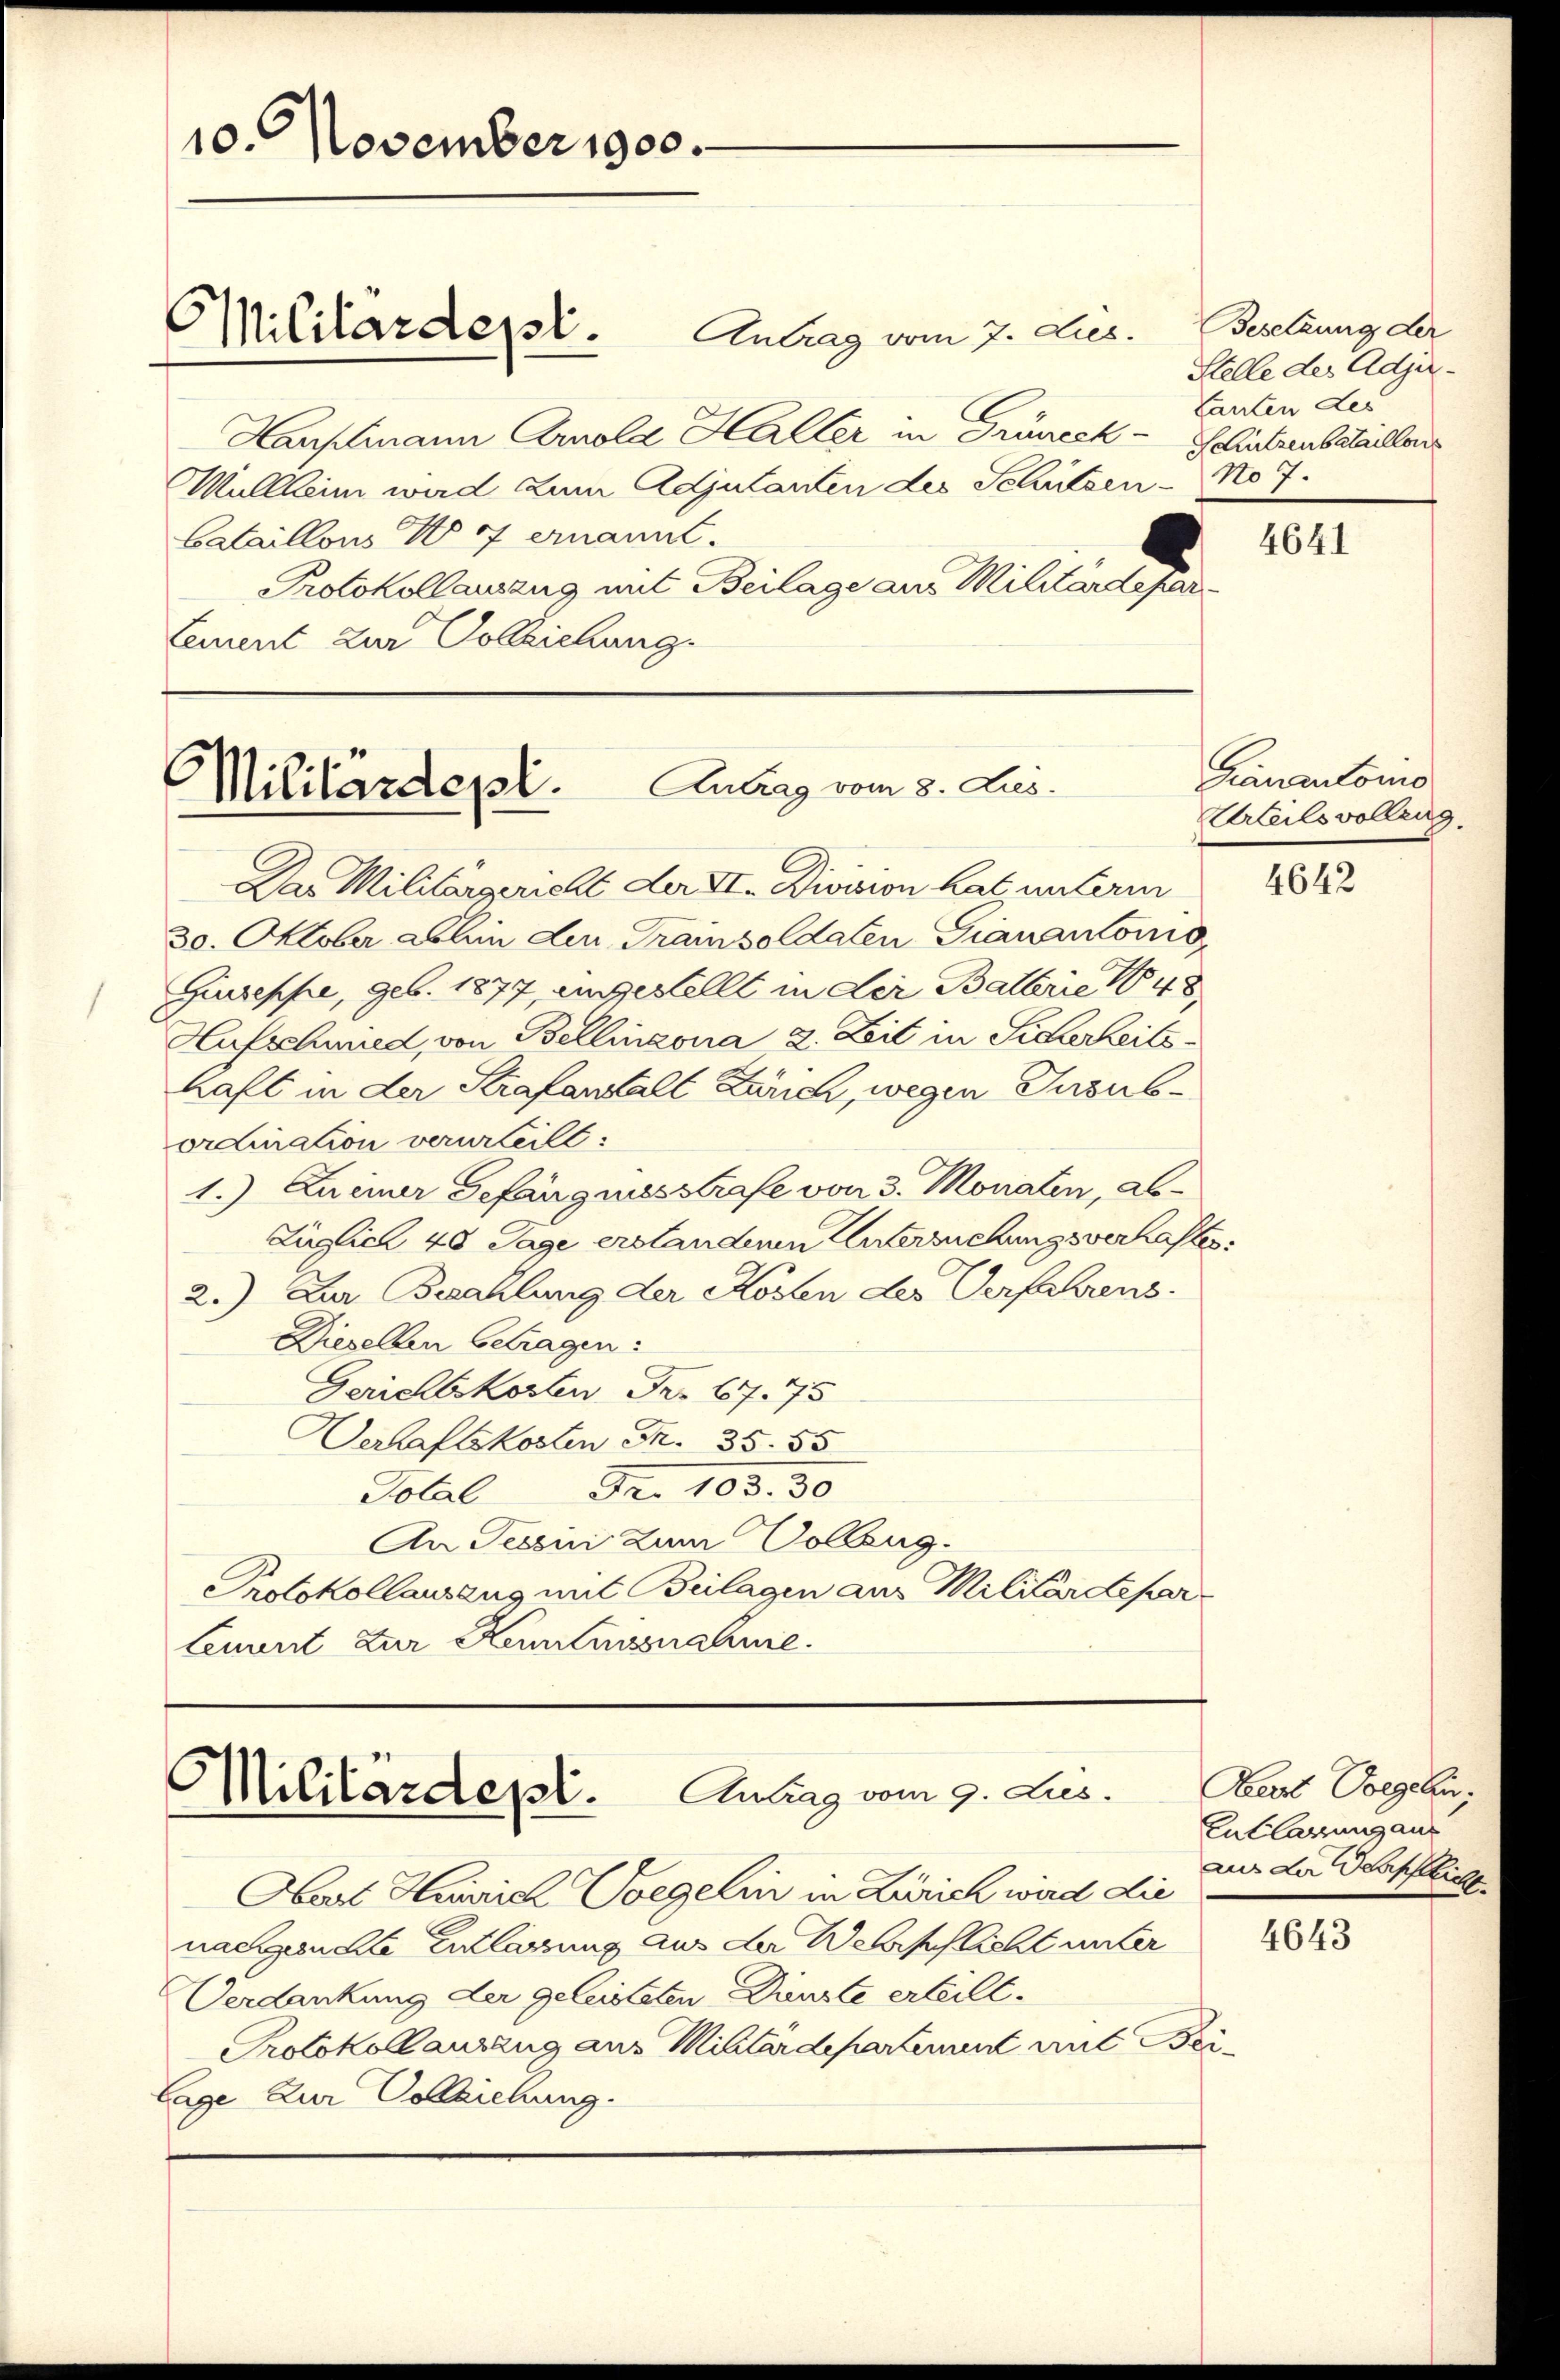
10. November 1900.

Militärdept.

Antrag vom 7. ds.
Hauptmann Arnold Haller in Grüneck - Schützenbataillers
Müllheim ward zum Adjutanten des Schützen - No 7.
Cataillons No 4 ernannt.
Protokollawang mit Beilage aus Militärdepar
lement zur Vollziehung

Antrag vom 8. Jus
Militärdepl.

Das Militärgericht der II. Division hat unterm
30. Oktober abhin den Trainsoldaten Granantönig
Giuseppe, geb. 1877, angestellt in der Balberie 1848
Hufschmied, von Bellinzona 2. Zeit in Sicherheitshaft in der Strafanstalt Zürich, wegen Jususordination verurteilt:
1.) Zuemer Gefängniesstrafe von 3. Monaten, ab¬
Füglich 40 Tage erstanderen Untersuchungsverhaltes
2.) Zur Bezahlung der Kosten des Verfahrens.
Dieselben betragen:
Gerichtskosten Fr. 67. 75
Derhaftskosten Fr. 35. 55
Fr. 103. 30
Total
An Tessin zum Volleng.
Protokollausang mit Beilagen aus Militärdepar
Leuuert zur Kenumssnahme.

Militärdepl. Antrag vom 9. Lus.

Besetzung der
Stelle des Adju¬
Lanten Les

Abart Heinrich Vorgelin in Zürich wird die
nachgeachte Entlassung aus der Wehrschlicht unter
Verdankung der geleisteten Dienste erteilt.
Protokollanzung aus Militärdepartement mit Bei¬
Lage zur Vollziehung.

4641

Ganautomo
Urteilsvollzug

4642

Bart Sorgeln;
Entlassung aus
aus der Verpflicht

4643